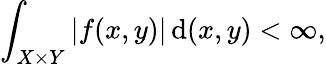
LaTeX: \int_{X\times Y}|f(x,y)|\, {\mathrm{d}}(x,y)<\infty,